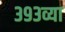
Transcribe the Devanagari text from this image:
३९३व्या